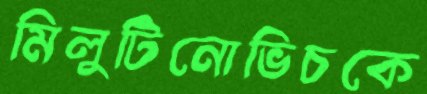
মিলুটিনোভিচকে